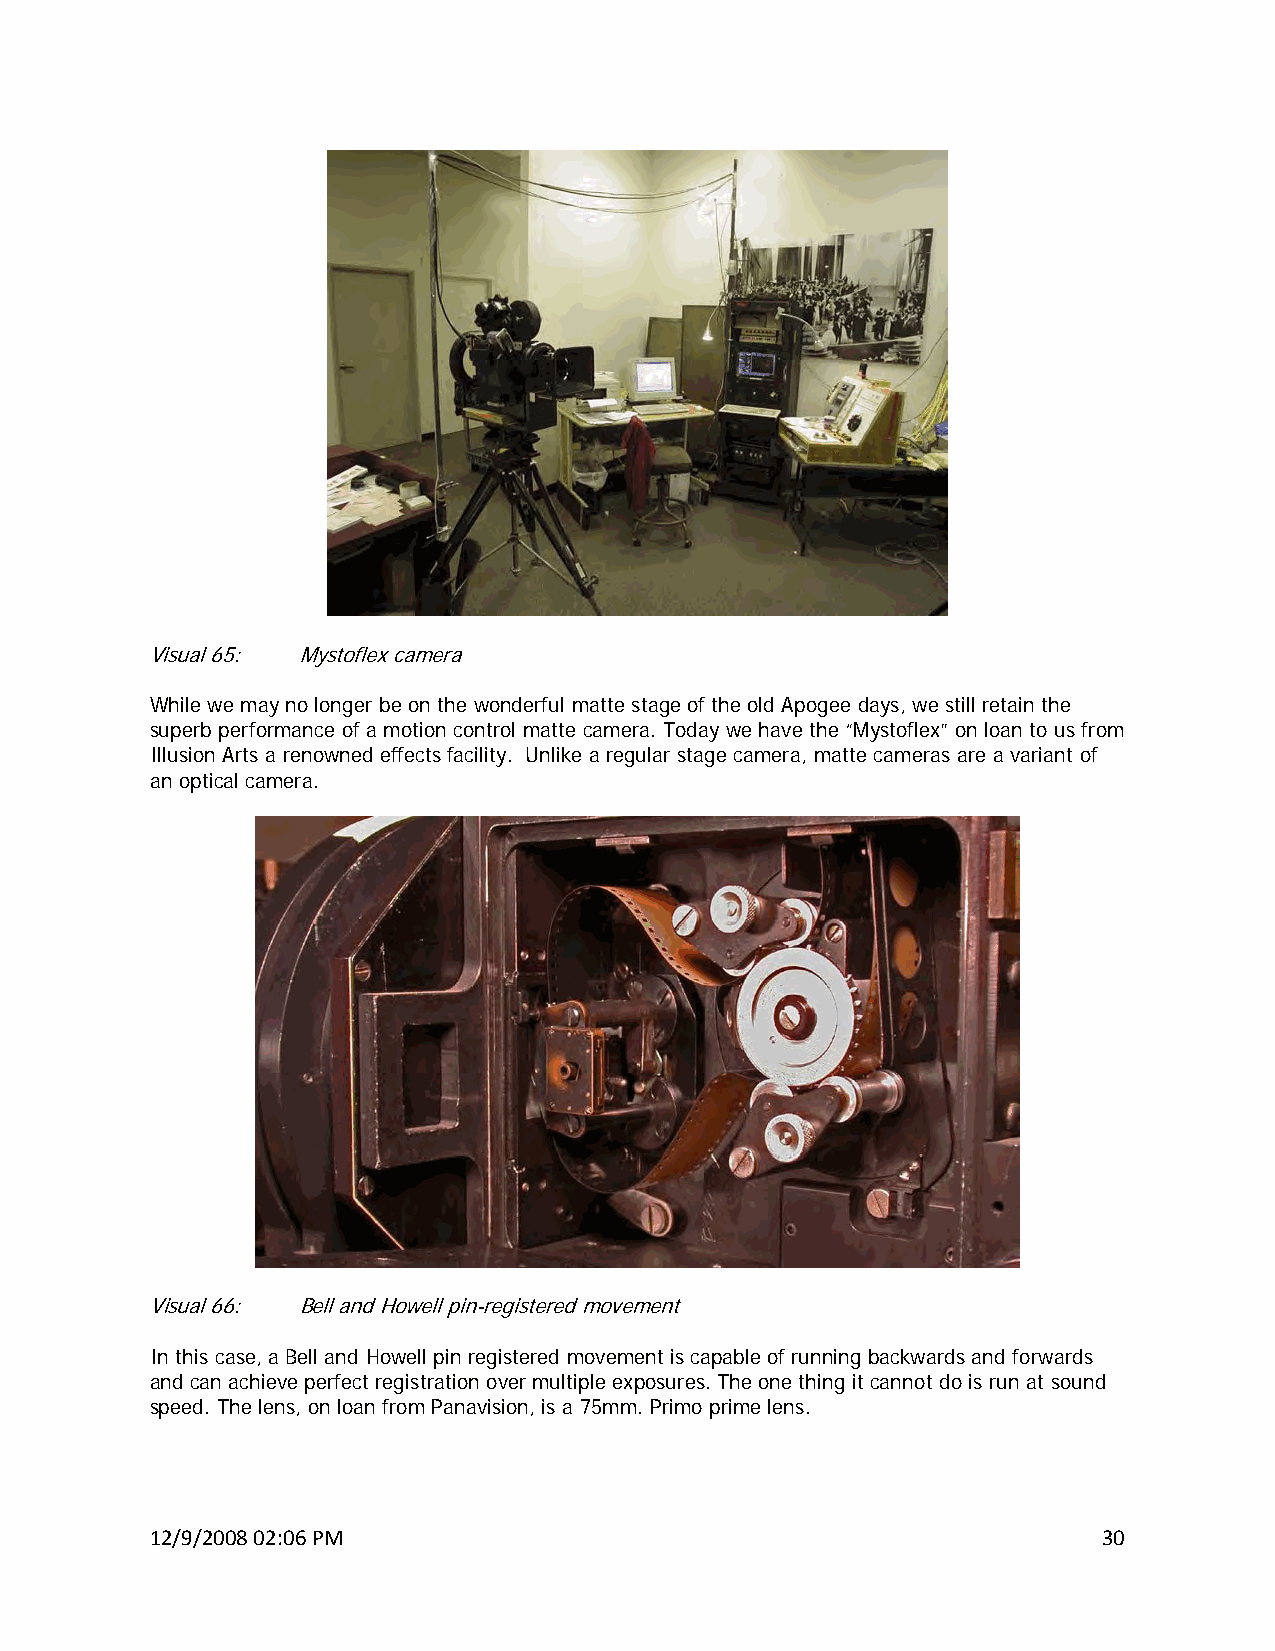
Visual 65: Mystoflex camera
 While we may no longer be on the wonderful matte stage of the old Apogee days, we still retain the
 superb performance of a motion control matte camera. Today we have the “Mystoflex” on loan to us from
 Illusion Arts a renowned effects facility. Unlike a regular stage camera, matte cameras are a variant of
 an optical camera.
 Visual 66: Bell and Howell pin-registered movement
 In this case, a Bell and Howell pin registered movement is capable of running backwards and forwards
 and can achieve perfect registration over multiple exposures. The one thing it cannot do is run at sound
 speed. The lens, on loan from Panavision, is a 75mm. Primo prime lens.
 12/9/2008 02:06 PM                                             30